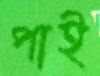
পাই